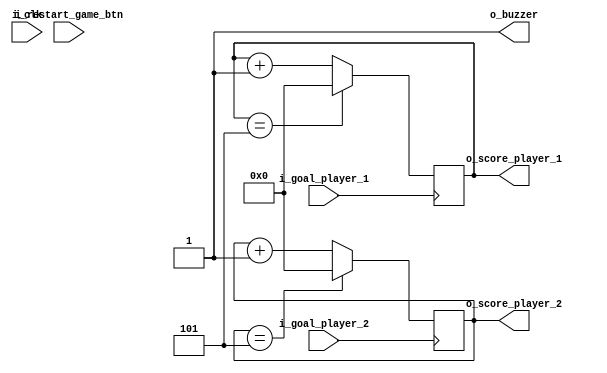
module scoreboard(
	input wire i_goal_player_1,
	input wire i_goal_player_2,
	input wire i_restart_game_btn,
	output reg [3:0] o_score_player_1=0,
	output reg [3:0] o_score_player_2=0,
	output reg o_buzzer = 1,
	input wire i_clk
    );
	 
	reg temp_state=0;
	
	
//	always @ (posedge i_goal_player_1 or posedge i_goal_player_2)
//	begin
//		
//		if(i_goal_player_1 == 1) begin
//		
//		if(o_score_player_1 == 5)
//		begin
//		o_score_player_1 <= 0;
//		end
//		else
//		begin
//		o_score_player_1 <= o_score_player_1 + 1;
//		end
//		
//		end
//		
//		else  begin
//		
//		if(o_score_player_2 == 5)
//		begin
//		o_score_player_2 <= 0;
//		end
//		else
//		begin
//		o_score_player_2 <= o_score_player_2 + 1;
//		end
//		
//		
//	
//	end
//	end
	
	always @ (posedge i_goal_player_1) begin
		if(o_score_player_1 == 5)
		begin
		o_score_player_1 <= 0;
		end
		else
		o_score_player_1 <= o_score_player_1 + 1;
	end
	
	
	
	always @ (posedge i_goal_player_2)
	begin
		if(o_score_player_2 == 5)
		begin
		o_score_player_2 <= 0;
		end
		else
		o_score_player_2 <= o_score_player_2 + 1;
	end
	
	always @(*) begin
		
	end 
//	

// wire goal_trig;
//	
//	assign goal_trig = i_goal_player_1 || i_goal_player_2;
//	
//	always @ (posedge goal_trig)
//	begin
//		
//			if(o_score_player_1 == 5)
//				begin
//				victory_state = 1;
//				end
//			else
//				begin
//				if(i_goal_player_1)
//				o_score_player_1 = o_score_player_1 + 1;
//				end
//		
//		
//		
//			begin
//				if(o_score_player_2 == 5)
//					begin
//					victory_state  =1;
//					end
//				else
//					begin
//					if(i_goal_player_2)
//					o_score_player_2 = o_score_player_2 + 1;
//					end
//		
//		
//		if( victory_state==1)
//		begin
//			o_score_player_1 = 0;
//			o_score_player_2 = 0;
//			victory_state = 0;
//		end
//	end
//	end

endmodule